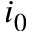
i _ { 0 }